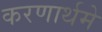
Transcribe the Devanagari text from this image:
करणार्थमे